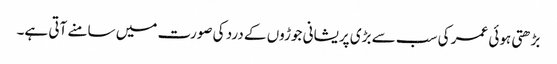
بڑھتی ہوئی عمر کی سب سے بڑی پریشانی جوڑوں کے درد کی صورت میں سامنے آتی ہے۔